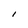
Character: I